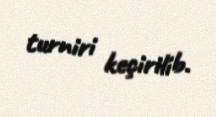
turniri keçirilib.